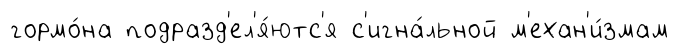
гормо́на подразд'ел'я́ютс'я с'игна́льной м'ехан'и́змам